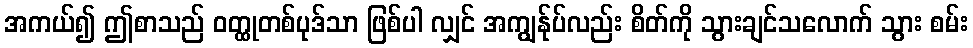
အကယ်၍ ဤစာသည် ဝတ္ထုတစ်ပုဒ်သာ ဖြစ်ပါ လျှင် အကျွန်ုပ်လည်း စိတ်ကို သွားချင်သလောက် သွား စမ်း